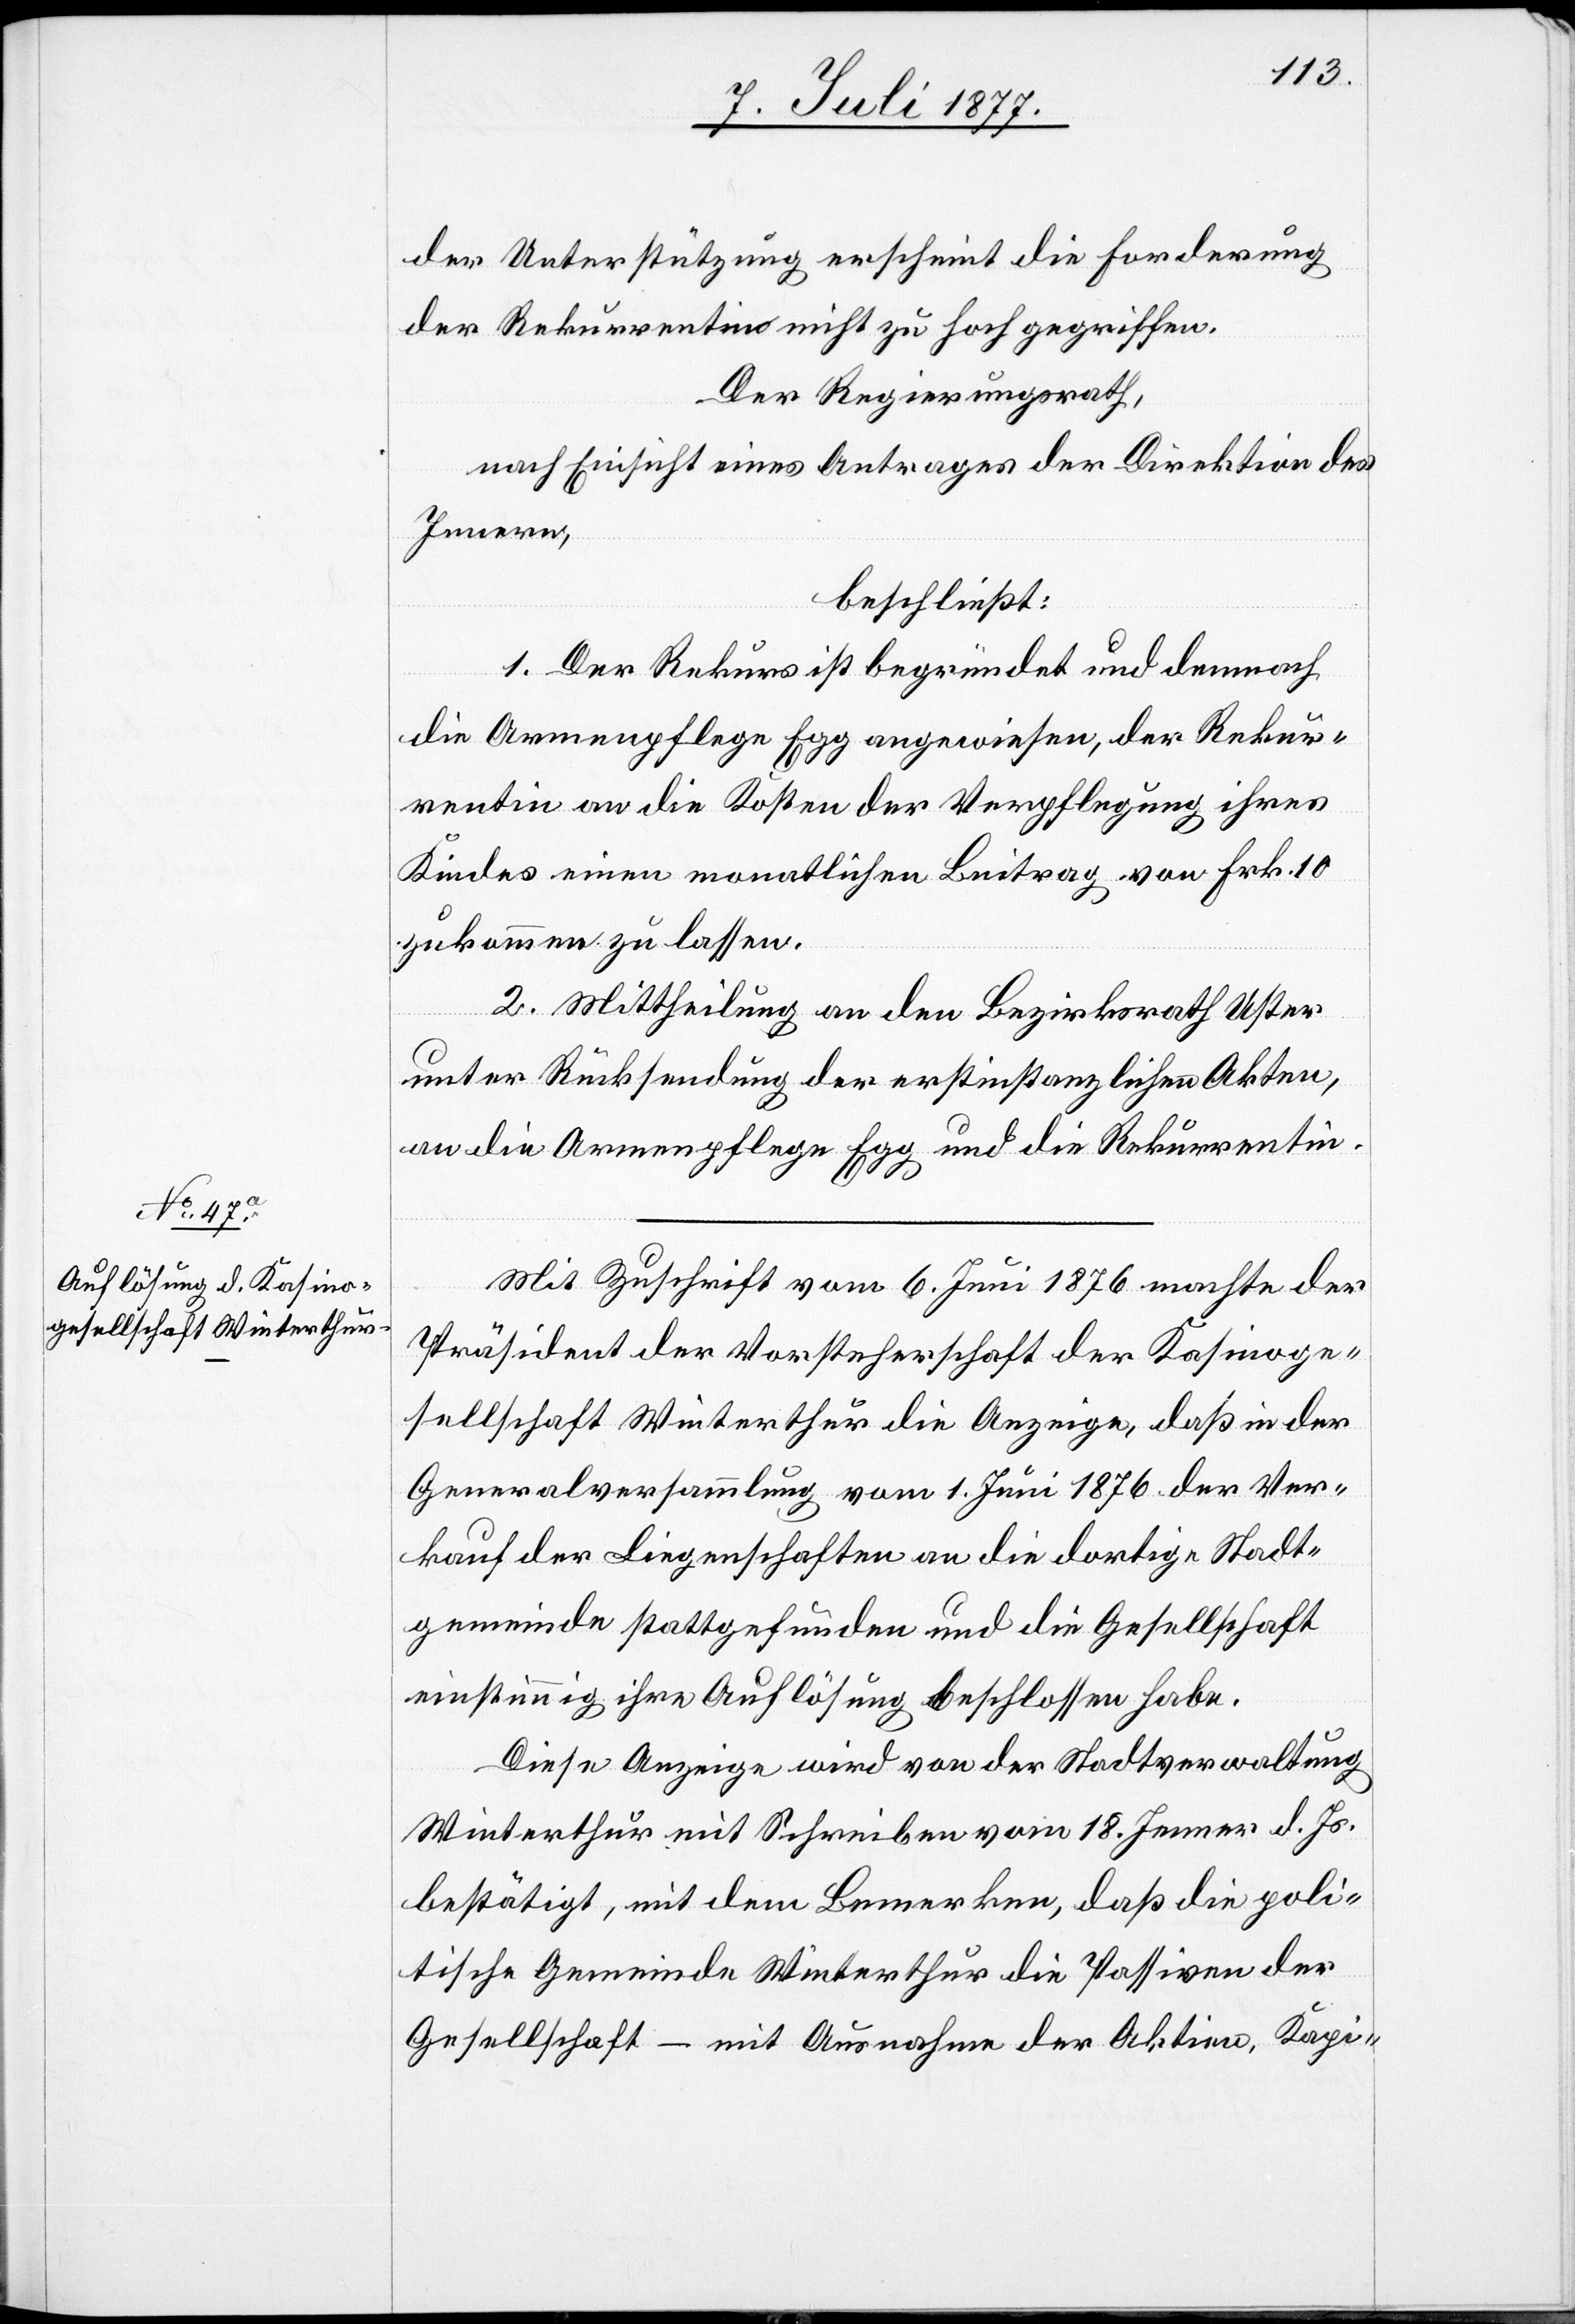
Mit Zuschrift vom 6. Juni 1876 machte der
Präsident der Vorsteherschaft der Kasinoge¬
sellschaft Winterthur die Anzeige, daß in der
Generalversammlung vom 1. Juni 1876 der Ver¬
kauf der Liegenschaften an die dortige Stadt¬
gemeinde stattgefunden und die Gesellschaft
einstimmig ihre Auflösung beschlossen habe.
Diese Anzeige wird von der Stadtverwaltung
Winterthur mit Schreiben vom 18. Jenner d. Js.
bestätigt, mit dem Bemerken, daß die poli¬
tische Gemeinde Winterthur die Passiven der
Gesellschaft – mit Ausnahme der Aktien, Kapi-